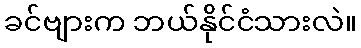
ခင်ဗျားက ဘယ်နိုင်ငံသားလဲ။